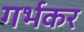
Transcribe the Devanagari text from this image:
गर्भकर